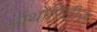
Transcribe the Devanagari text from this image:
ऑथोरिटीज